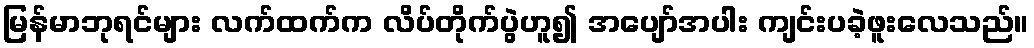
မြန်မာဘုရင်များ လက်ထက်က လိပ်တိုက်ပွဲဟူ၍ အပျော်အပါး ကျင်းပခဲ့ဖူးလေသည်။